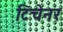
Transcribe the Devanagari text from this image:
टिचेनर